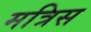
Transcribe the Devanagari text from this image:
मत्रिस